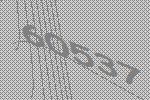
60537